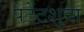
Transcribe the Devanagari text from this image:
पेटेंटशुदा